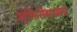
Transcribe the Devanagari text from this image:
मुक्तिसंग्रामचे